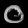
Digit: ၀